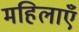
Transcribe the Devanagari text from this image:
महिलाएंँ